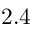
2 . 4